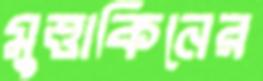
মুত্তাকিনের